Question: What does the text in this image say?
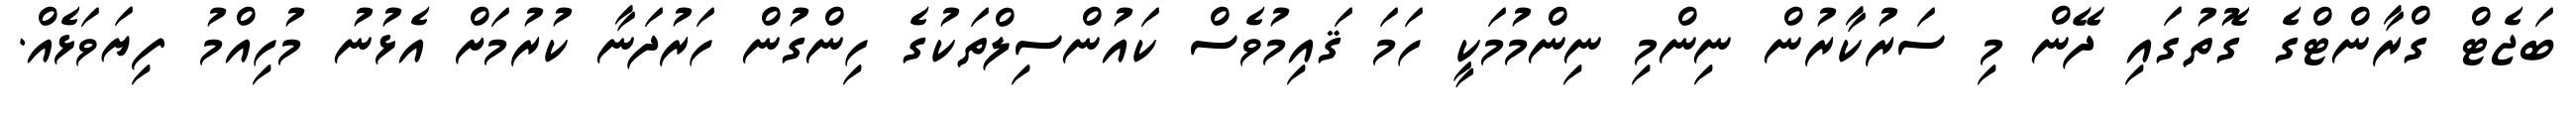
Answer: ބަޖެޓް ގްރާންޓްގެ ގޮތުގައި ދޭން މި ސަރުކާރުން ނިންމި ނިންމުމަކީ ހަމަ ޤައިމުވެސް ކައުންސިލްތަކުގެ ހިންގުން ހަރުދަނާ ކުރުމަށް އެޅުނު މުހިއްމު ފިޔަވަޅެއް.